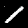
Label: 1